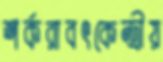
শর্করাবৎকেন্দ্রীয়